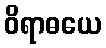
ဝိရာဓယေ